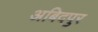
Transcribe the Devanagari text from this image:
अबिदपुर